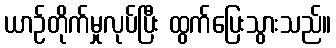
ယာဉ်တိုက်မှုလုပ်ပြီး ထွက်ပြေးသွားသည်။